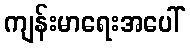
ကျန်းမာရေးအပေါ်